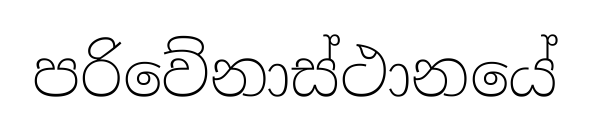
පරිවේනාස්ථානයේ